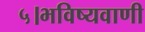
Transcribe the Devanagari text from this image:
५।भविष्यवाणी